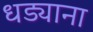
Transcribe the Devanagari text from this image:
धड्याना